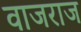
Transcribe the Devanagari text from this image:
वाजराज